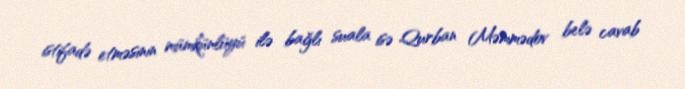
istifadə etməsinin mümkünlüyü ilə bağlı suala isə Qurban Məmmədov belə cavab